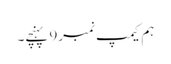
ہم کیمپ نمبر9 پہنچے۔